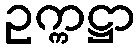
ဥက္ကဋ္ဌာ